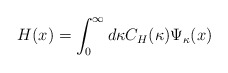
\begin{align*}H(x)= \int_{0}^{\infty} d \kappa C_{H} (\kappa) \Psi_{\kappa}(x)\end{align*}